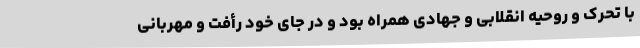
با تحرک و روحیه انقلابی و جهادی همراه بود و در جای خود رأفت و مهربانی